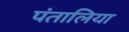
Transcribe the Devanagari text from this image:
पंतालिया